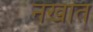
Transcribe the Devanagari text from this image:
नखांत